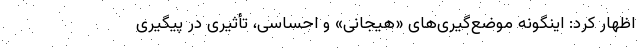
اظهار کرد: اینگونه موضع‌گیری‌های «هیجانی» و احساسی، تأثیری در پیگیری